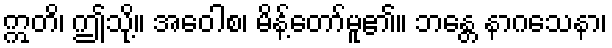
ဣတိ၊ ဤသို့။ အဝေါစ၊ မိန့်တော်မူ၏။ ဘန္တေ နာဂသေနာ၊